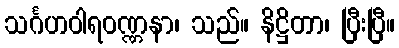
သင်္ဂဟဝါရဝဏ္ဏနာ၊ သည်။ နိဋ္ဌိတာ၊ ပြီးပြီ။